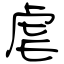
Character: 虐